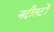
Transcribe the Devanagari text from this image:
नदीतटों